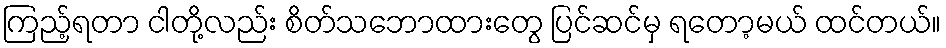
ကြည့်ရတာ ငါတို့လည်း စိတ်သဘောထားတွေ ပြင်ဆင်မှ ရတော့မယ် ထင်တယ်။